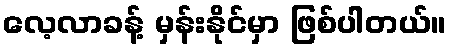
လေ့လာခန့် မှန်းနိုင်မှာ ဖြစ်ပါတယ်။